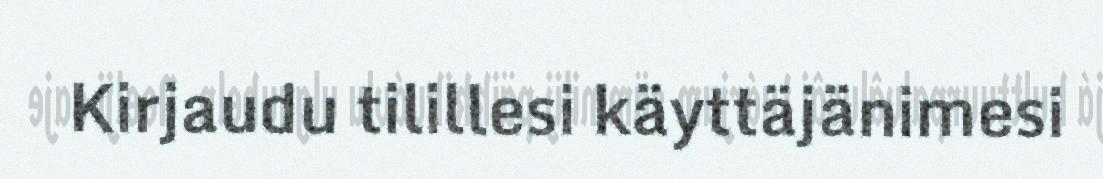
Kirjaudu tilillesi käyttäjänimesi